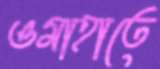
ওমাহাতে